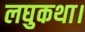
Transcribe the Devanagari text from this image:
लघुकथा।